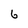
Character: 6